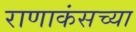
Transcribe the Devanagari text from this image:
राणाकंसच्या